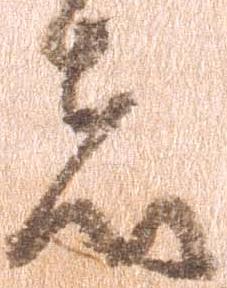
者